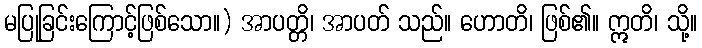
မပြုခြင်းကြောင့်ဖြစ်သော။) အာပတ္တိ၊ အာပတ် သည်။ ဟောတိ၊ ဖြစ်၏။ ဣတိ၊ သို့။